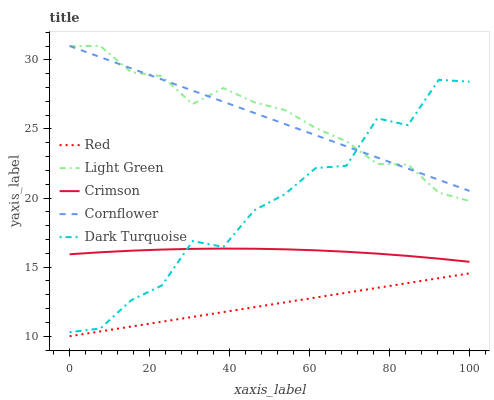
| xaxis_label | Red | Light Green | Crimson | Cornflower | Dark Turquoise |
 | --- | --- | --- | --- | --- | --- |
 | 0 | 10 | 31 | 15.9 | 31 | 10.3 |
 | 7.69 | 10.4 | 31 | 16.1 | 30.2 | 10.6 |
 | 15.4 | 10.7 | 29.1 | 16.2 | 29.4 | 12.6 |
 | 23.1 | 11.1 | 28.8 | 16.3 | 28.6 | 13.7 |
 | 30.8 | 11.4 | 26.8 | 16.3 | 27.8 | 16.9 |
 | 38.5 | 11.8 | 28 | 16.3 | 27 | 16.5 |
 | 46.2 | 12.1 | 26.9 | 16.3 | 26.2 | 19.1 |
 | 53.8 | 12.5 | 26.4 | 16.3 | 25.4 | 20.3 |
 | 61.5 | 12.8 | 25.1 | 16.2 | 24.5 | 22.2 |
 | 69.2 | 13.2 | 24.1 | 16.1 | 23.7 | 22.3 |
 | 76.9 | 13.5 | 22.5 | 16 | 22.9 | 25.8 |
 | 84.6 | 13.9 | 22.4 | 15.8 | 22.1 | 25.3 |
 | 92.3 | 14.2 | 20.4 | 15.6 | 21.3 | 28.6 |
 | 100 | 14.6 | 19.8 | 15.4 | 20.5 | 28.4 |